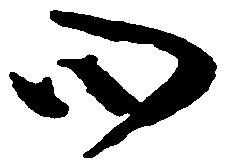
心